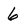
Character: 6